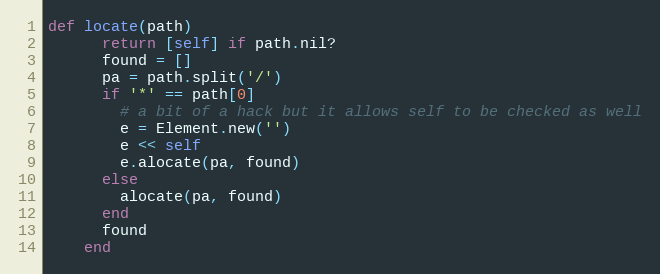
Language: Ruby
def locate(path)
      return [self] if path.nil?
      found = []
      pa = path.split('/')
      if '*' == path[0]
        # a bit of a hack but it allows self to be checked as well
        e = Element.new('')
        e << self
        e.alocate(pa, found)
      else
        alocate(pa, found)
      end
      found
    end